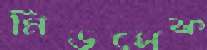
মিডসেফ